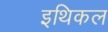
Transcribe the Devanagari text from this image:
इथिकल